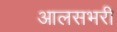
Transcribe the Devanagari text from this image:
आलसभरी